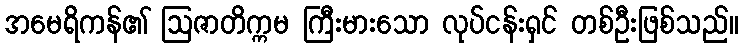
အမေရိကန်၏ ဩဇာတိက္ကမ ကြီးမားသော လုပ်ငန်းရှင် တစ်ဦးဖြစ်သည်။